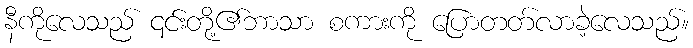
နီကိုလေသည် ၎င်းတို့၏ဘာသာ စကားကို ပြောတတ်လာခဲ့လေသည်။